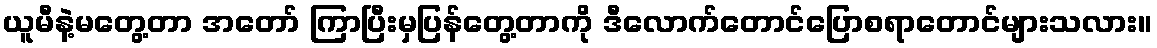
ယူမီနဲ့မတွေ့တာ အတော် ကြာပြီးမှပြန်တွေ့တာကို ဒီလောက်တောင်ပြောစရာတောင်များသလား။